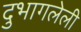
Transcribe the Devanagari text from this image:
दुभागलेली